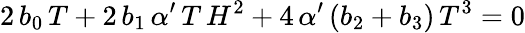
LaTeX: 2\, b_{0}\, T+2\, b_{1}\, \alpha^{\prime}\, T\, H^{2}+4\, \alpha^{\prime}\, (b_{2}+b_{3})\, T^{3}=0